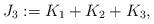
LaTeX: \begin{align*} J_{3}:=K_{1}+K_{2}+K_{3},\end{align*}